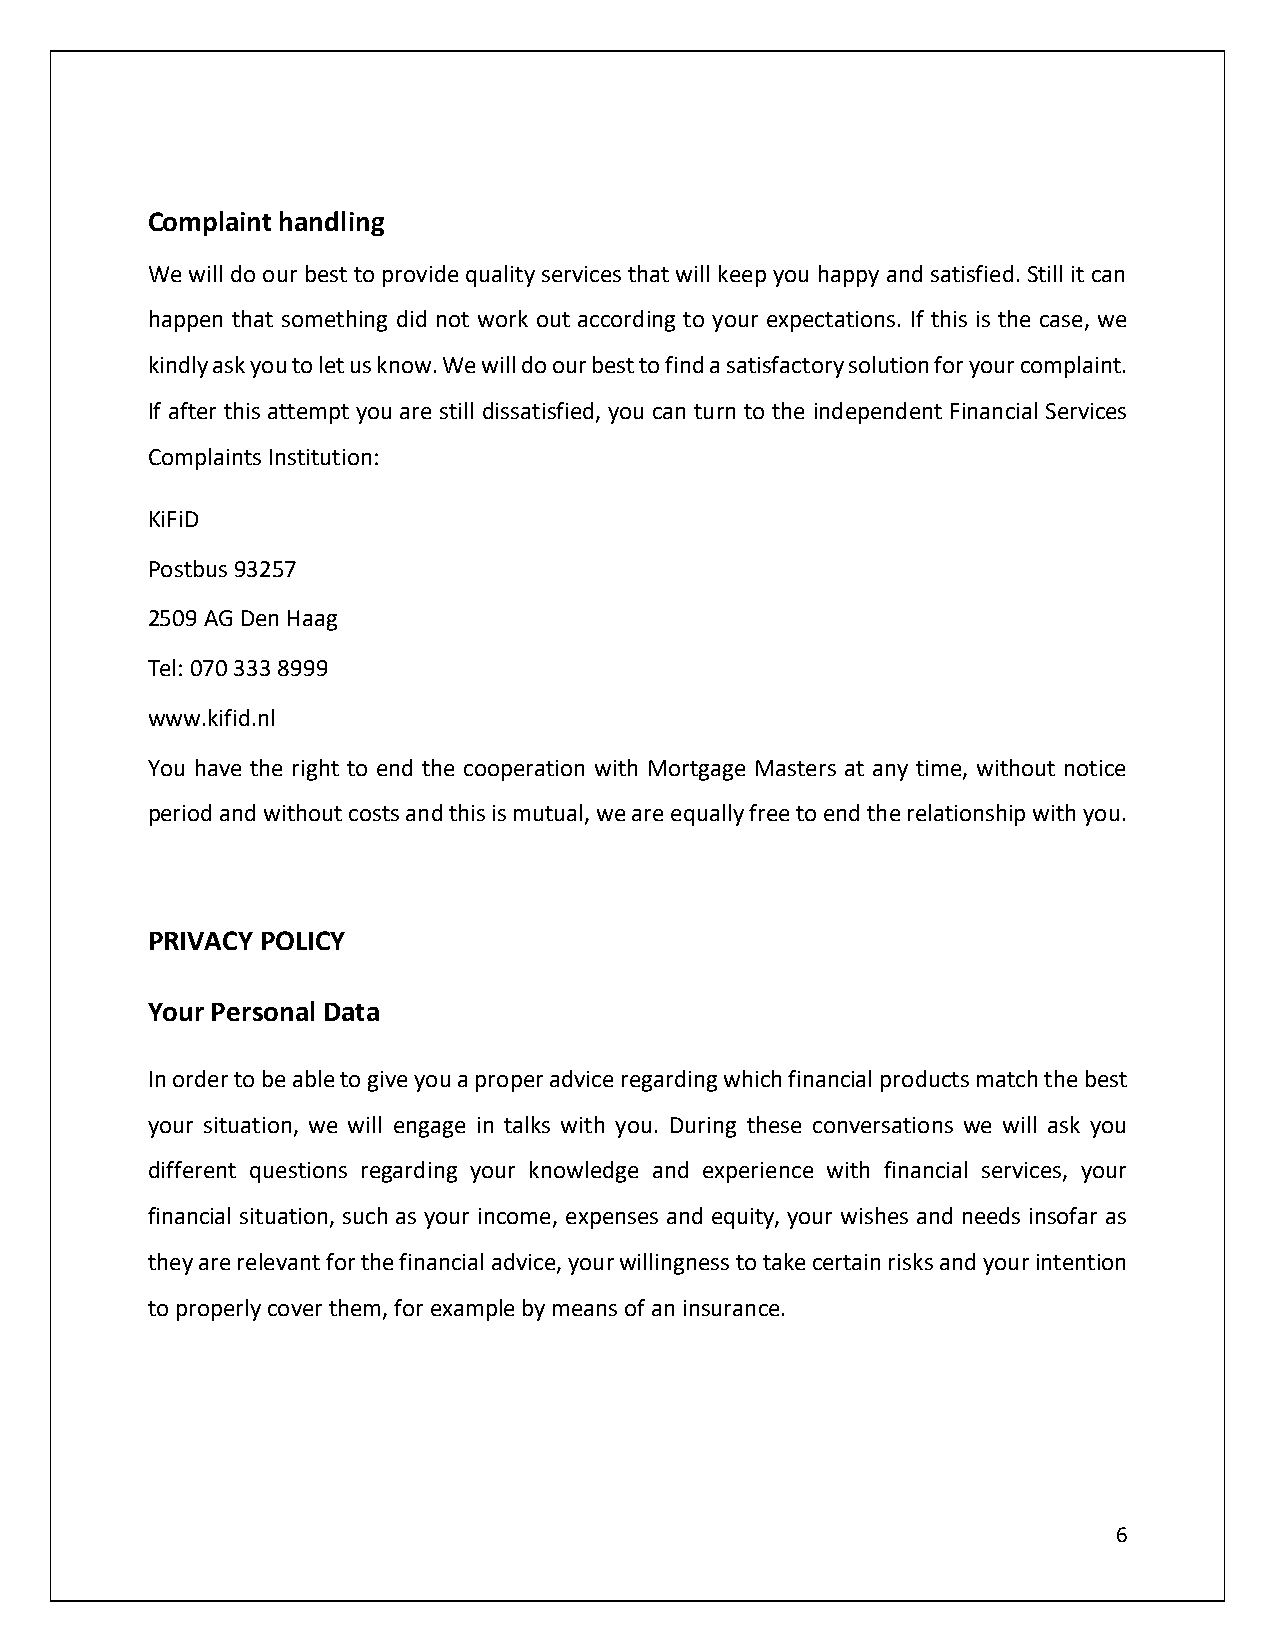
Complaint handling
 We will do our best to provide quality services that will keep you happy and satisfied. Still it can
 happen that something did not work out according to your expectations. If this is the case, we
 kindly ask you to let us know. We will do our best to find a satisfactory solution for your complaint.
 If after this attempt you are still dissatisfied, you can turn to the independent Financial Services
 Complaints Institution:
 KiFiD
 Postbus 93257
 2509 AG Den Haag
 Tel: 070 333 8999
 www.kifid.nl
 You have the right to end the cooperation with Mortgage Masters at any time, without notice
 period and without costs and this is mutual, we are equally free to end the relationship with you.
 PRIVACY POLICY
 Your Personal Data
 In order to be able to give you a proper advice regarding which financial products match the best
 your situation, we will engage in talks with you. During these conversations we will ask you
 different questions regarding your knowledge and experience with financial services, your
 financial situation, such as your income, expenses and equity, your wishes and needs insofar as
 they are relevant for the financial advice, your willingness to take certain risks and your intention
 to properly cover them, for example by means of an insurance.
 6